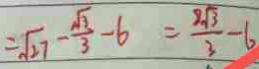
= \sqrt { 2 7 } - \frac { \sqrt { 3 } } { 3 } - 6 = \frac { 2 \sqrt { 3 } } { 3 } - 6